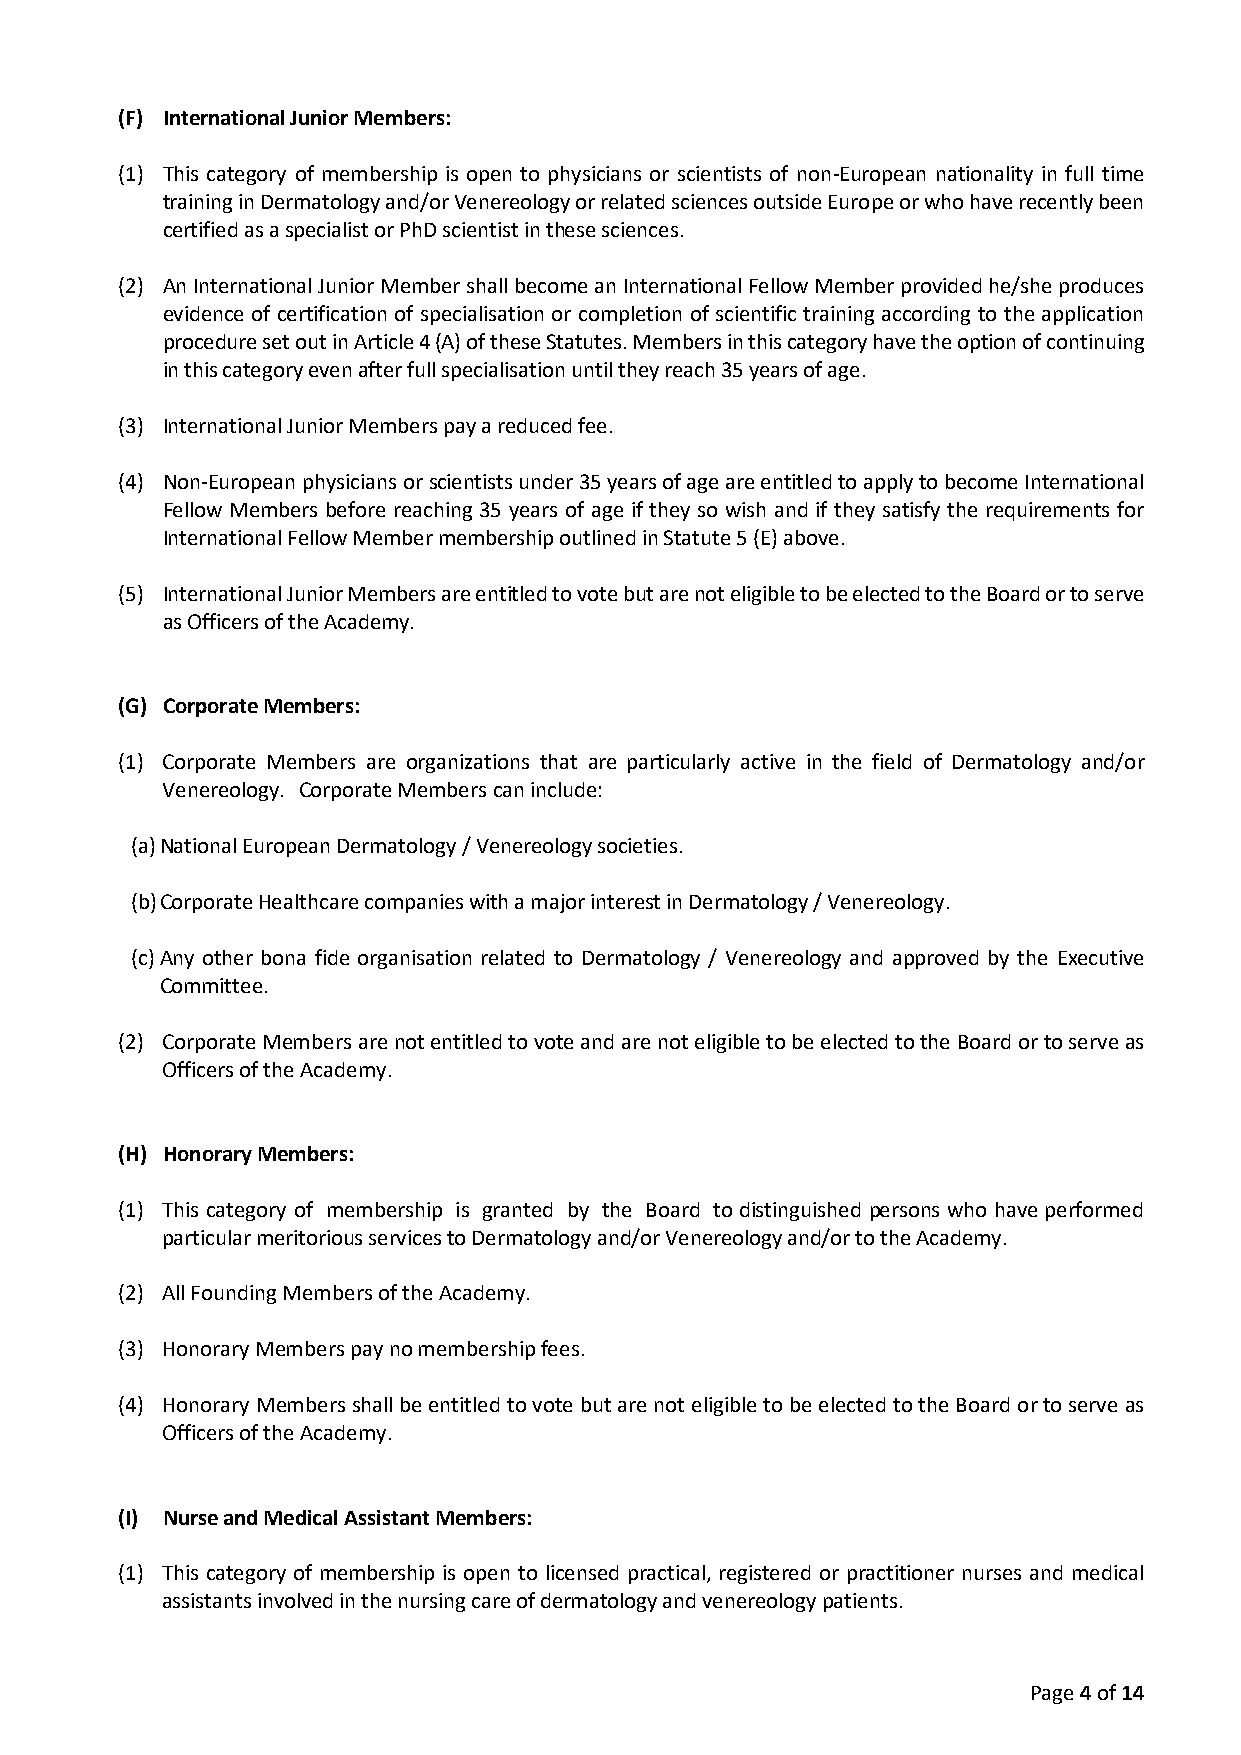
(F) International Junior Members:
 (1) This category of membership is open to physicians or scientists of non-European nationality in full time
 training in Dermatology and/or Venereology or related sciences outside Europe or who have recently been
 certified as a specialist or PhD scientist in these sciences.
 (2) An International Junior Member shall become an International Fellow Member provided he/she produces
 evidence of certification of specialisation or completion of scientific training according to the application
 procedure set out in Article 4 (A) of these Statutes. Members in this category have the option of continuing
 in this category even after full specialisation until they reach 35 years of age.
 (3) International Junior Members pay a reduced fee.
 (4) Non-European physicians or scientists under 35 years of age are entitled to apply to become International
 Fellow Members before reaching 35 years of age if they so wish and if they satisfy the requirements for
 International Fellow Member membership outlined in Statute 5 (E) above.
 (5) International Junior Members are entitled to vote but are not eligible to be elected to the Board or to serve
 as Officers of the Academy.
 (G) Corporate Members:
 (1) Corporate Members are organizations that are particularly active in the field of Dermatology and/or
 Venereology. Corporate Members can include:
 (a) National European Dermatology / Venereology societies.
 (b) Corporate Healthcare companies with a major interest in Dermatology / Venereology.
 (c) Any other bona fide organisation related to Dermatology / Venereology and approved by the Executive
 Committee.
 (2) Corporate Members are not entitled to vote and are not eligible to be elected to the Board or to serve as
 Officers of the Academy.
 (H) Honorary Members:
 (1) This category of membership is granted by the Board to distinguished persons who have performed
 particular meritorious services to Dermatology and/or Venereology and/or to the Academy.
 (2) All Founding Members of the Academy.
 (3) Honorary Members pay no membership fees.
 (4) Honorary Members shall be entitled to vote but are not eligible to be elected to the Board or to serve as
 Officers of the Academy.
 (I) Nurse and Medical Assistant Members:
 (1) This category of membership is open to licensed practical, registered or practitioner nurses and medical
 assistants involved in the nursing care of dermatology and venereology patients.
 Page 4 of 14